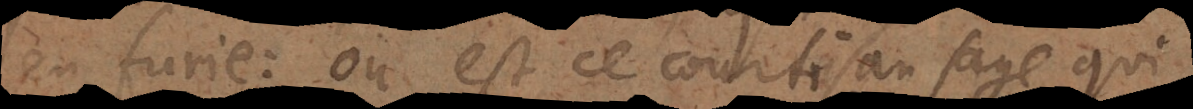
en furie: où est ce courtisan sage, qui